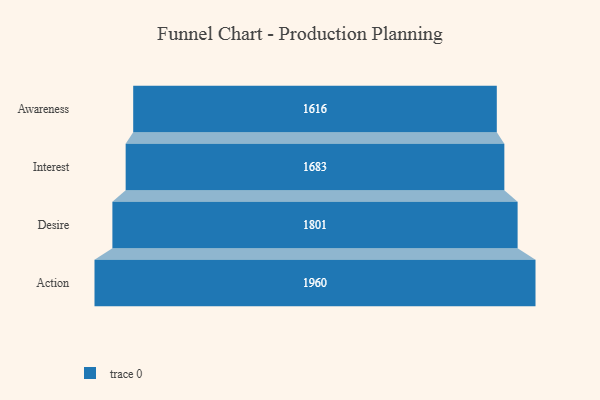
{"axis": {"x": "Stage", "y": "Value"}, "legend": [""], "data": [{"x": "Awareness", "y": 1616.0, "type": ""}, {"x": "Interest", "y": 1683.0, "type": ""}, {"x": "Desire", "y": 1801.0, "type": ""}, {"x": "Action", "y": 1960.0, "type": ""}]}